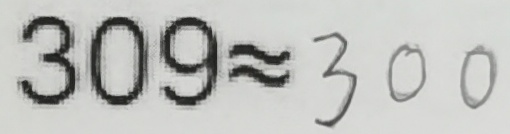
3 0 9 \approx 3 0 0